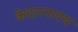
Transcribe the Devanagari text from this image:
केदारनापथ